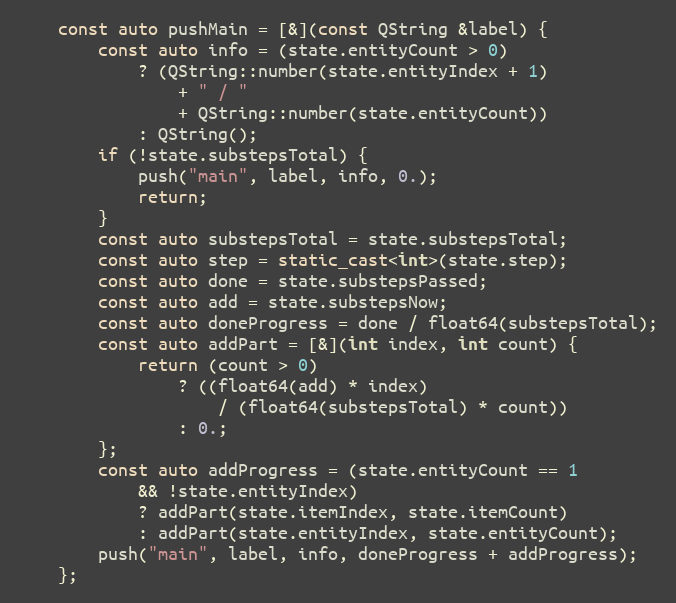
Language: C++
	const auto pushMain = [&](const QString &label) {
		const auto info = (state.entityCount > 0)
			? (QString::number(state.entityIndex + 1)
				+ " / "
				+ QString::number(state.entityCount))
			: QString();
		if (!state.substepsTotal) {
			push("main", label, info, 0.);
			return;
		}
		const auto substepsTotal = state.substepsTotal;
		const auto step = static_cast<int>(state.step);
		const auto done = state.substepsPassed;
		const auto add = state.substepsNow;
		const auto doneProgress = done / float64(substepsTotal);
		const auto addPart = [&](int index, int count) {
			return (count > 0)
				? ((float64(add) * index)
					/ (float64(substepsTotal) * count))
				: 0.;
		};
		const auto addProgress = (state.entityCount == 1
			&& !state.entityIndex)
			? addPart(state.itemIndex, state.itemCount)
			: addPart(state.entityIndex, state.entityCount);
		push("main", label, info, doneProgress + addProgress);
	};